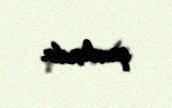
qardaşıdır.